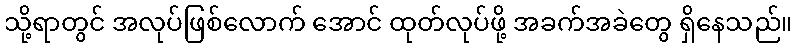
သို့ရာတွင် အလုပ်ဖြစ်လောက် အောင် ထုတ်လုပ်ဖို့ အခက်အခဲတွေ ရှိနေသည်။